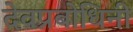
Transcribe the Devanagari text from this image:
देवप्रबोधिनी